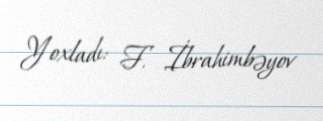
Yoxladı: F. İbrahimbəyov